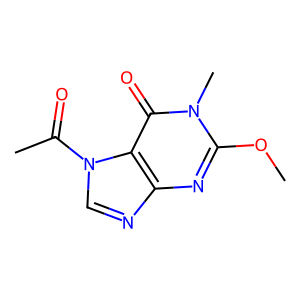
SMILES: COc1nc2ncn(C(C)=O)c2c(=O)n1C
Inhibits HIV replication: No